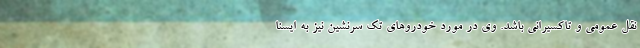
نقل عمومی و تاکسیرانی باشد. وی در مورد خودروهای تک سرنشین نیز به ایسنا